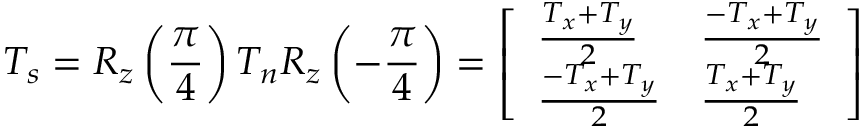
T _ { s } = R _ { z } \left( \frac { \pi } { 4 } \right) T _ { n } R _ { z } \left( - \frac { \pi } { 4 } \right) = \left[ \begin{array} { l l } { \frac { T _ { x } + T _ { y } } { 2 } } & { \frac { - T _ { x } + T _ { y } } { 2 } } \\ { \frac { - T _ { x } + T _ { y } } { 2 } } & { \frac { T _ { x } + T _ { y } } { 2 } } \end{array} \right]